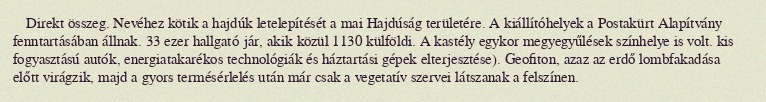
Direkt összeg. Nevéhez kötik a hajdúk letelepítését a mai Hajdúság területére. A kiállítóhelyek a Postakürt Alapítvány fenntartásában állnak. 33 ezer hallgató jár, akik közül 1130 külföldi. A kastély egykor megyegyűlések színhelye is volt. kis fogyasztású autók, energiatakarékos technológiák és háztartási gépek elterjesztése). Geofiton, azaz az erdő lombfakadása előtt virágzik, majd a gyors termésérlelés után már csak a vegetatív szervei látszanak a felszínen.